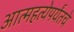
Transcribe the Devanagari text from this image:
आत्महत्येपर्यंतचे